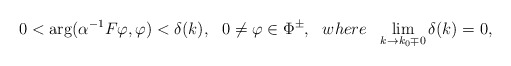
\begin{align*}0<{\rm arg}(\alpha^{-1}F\varphi,\varphi)<\delta(k),~~0\neq\varphi\in \Phi^\pm,~~ where~~\lim_{k\to k_0\mp 0}\delta(k)=0,\end{align*}